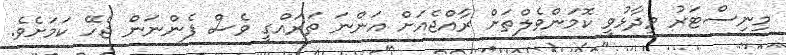
މިނިސްޓަރު ވިދާޅުވީ ކޮމަންވެލްތަށް ރާއްޖެއަށް އަންނަ ތަރައްގީ ވެސް ފެންނަން ޖެހޭ ކަމަށެވެ.